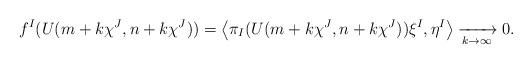
LaTeX: \begin{align*}f^I(U(m+k\chi^J,n+k\chi^J))=\left\langle\pi_I(U(m+k\chi^J,n+k\chi^J))\xi^I,\eta^I\right\rangle\xrightarrow[k\to\infty]{} 0.\end{align*}